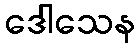
ဒေါသေန